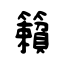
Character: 籟